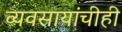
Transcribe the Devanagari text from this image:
व्यवसायांचीही